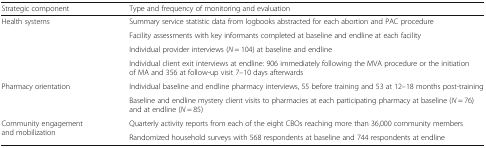
<table><thead><tr><td><b>Strategic component</b></td><td><b>Type and frequency of monitoring and evaluation</b></td></tr></thead><tbody><tr><td rowspan="4">Health systems</td><td>Summary service statistic data from logbooks abstracted for each abortion and PAC procedure</td></tr><tr><td>Facility assessments with key informants completed at baseline and endline at each facility</td></tr><tr><td>Individual provider interviews (<i>N</i> = 104) at baseline and endline</td></tr><tr><td>Individual client exit interviews at endline: 906 immediately following the MVA procedure or the initiation of MA and 356 at follow-up visit 7–10 days afterwards</td></tr><tr><td rowspan="2">Pharmacy orientation</td><td>Individual baseline and endline pharmacy interviews, 55 before training and 53 at 12–18 months post-training</td></tr><tr><td>Baseline and endline mystery client visits to pharmacies at each participating pharmacy at baseline (<i>N</i> = 76) and at endline (<i>N</i> = 85)</td></tr><tr><td rowspan="2">Community engagement and mobilization</td><td>Quarterly activity reports from each of the eight CBOs reaching more than 36,000 community members</td></tr><tr><td>Randomized household surveys with 568 respondents at baseline and 744 respondents at endline</td></tr></tbody></table>